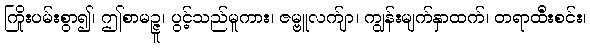
ကြိုးပမ်းစွာ၍၊ ဤစာမဉ္ဇူ၊ ပွင့်သည်မူကား၊ ဇမ္ဗူလက်ျာ၊ ကျွန်းမျက်နှာထက်၊ တရာထီးစင်း၊